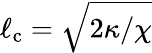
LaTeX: \ell_{\mathrm{c}}=\sqrt{2\kappa/\chi}